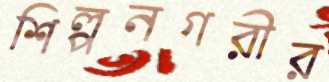
শিল্পনগরীর